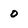
Character: o